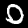
Digit: 0